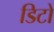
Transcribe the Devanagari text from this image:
डिटो